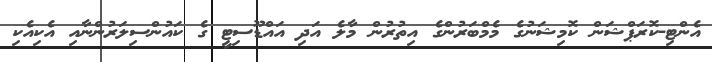
އެންޓި-ކޮރަޕްޝަން ކޮމިޝަނުގެ މެމްބަރުންގެ އިތުރުން މާލެ އަދި އައްޑޫސިޓީ ގެ ކައުންސިލަރުންނާއި އެކިއެކި